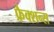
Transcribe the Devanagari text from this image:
फ्रैक्शन्स